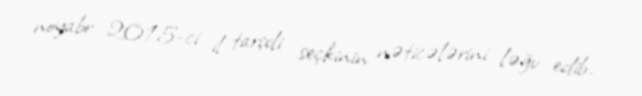
noyabr 2015-ci il tarixli seçkinin nəticələrini ləğv edib.